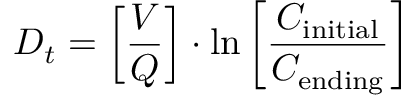
D _ { t } = \left[ { \frac { V } { Q } } \right] \cdot \ln \left[ { \frac { C _ { \mathrm { i n i t i a l } } } { C _ { \mathrm { e n d i n g } } } } \right] \quad